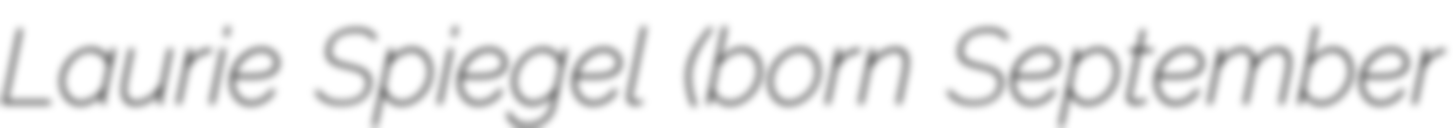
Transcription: Laurie Spiegel (born September